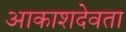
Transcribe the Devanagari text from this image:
आकाशदेवता